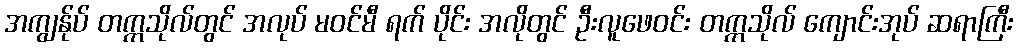
အကျွန်ုပ် တက္ကသိုလ်တွင် အလုပ် မဝင်မီ ရက် ပိုင်း အလိုတွင် ဦးလူဖေဝင်း တက္ကသိုလ် ကျောင်းအုပ် ဆရာကြီး